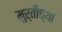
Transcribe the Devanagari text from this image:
मुर्तींच्या